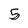
Character: 5